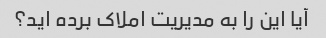
آیا این را به مدیریت املاک برده اید؟